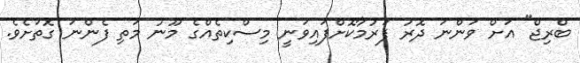
ބްރިޖް" އަށް ވަންނަ ދޮރު ފަރުމާކޮށްފައިވަނީ މިސްކިތެއްގެ މޫނު މަތި ފެންނަ ގޮތަށެވެ.